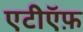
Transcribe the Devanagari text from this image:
एटीऍफ़